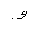
Letter: _waw